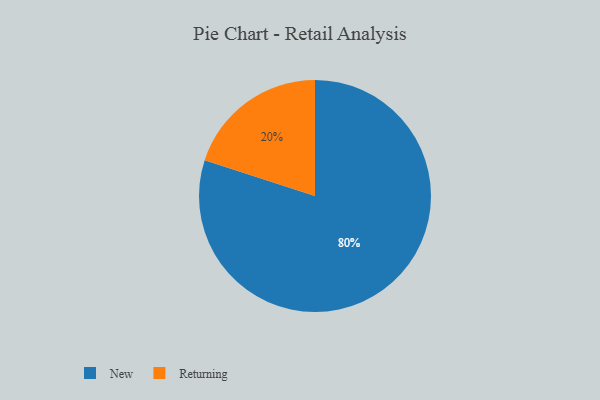
{"axis": {"x": "Category", "y": "Percentage"}, "legend": ["New", "Returning"], "data": [{"x": "New", "y": 80, "type": "New"}, {"x": "Returning", "y": 20, "type": "Returning"}]}